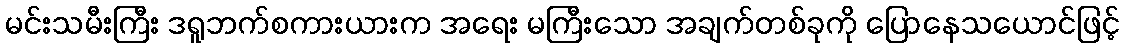
မင်းသမီးကြီး ဒရူဘက်စကားယားက အရေး မကြီးသော အချက်တစ်ခုကို ပြောနေသယောင်ဖြင့်